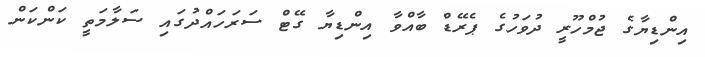
އިންޑިޔާގެ ޖުމްހޫރީ ދުވަހުގެ ޕެރޭޑް ބާއްވާ އިންޑިޔާ ގޭޓް ސަރަހައްދުގައި ސަލާމަތީ ކަންކަން